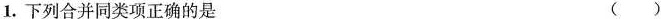
1. 下列合并同类项正确的是 ( )